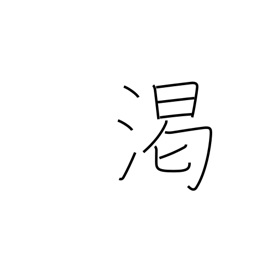
Meaning: dry up